Report on vaccination in Madras 1904-1921 - 1904-1921
Year: 1904
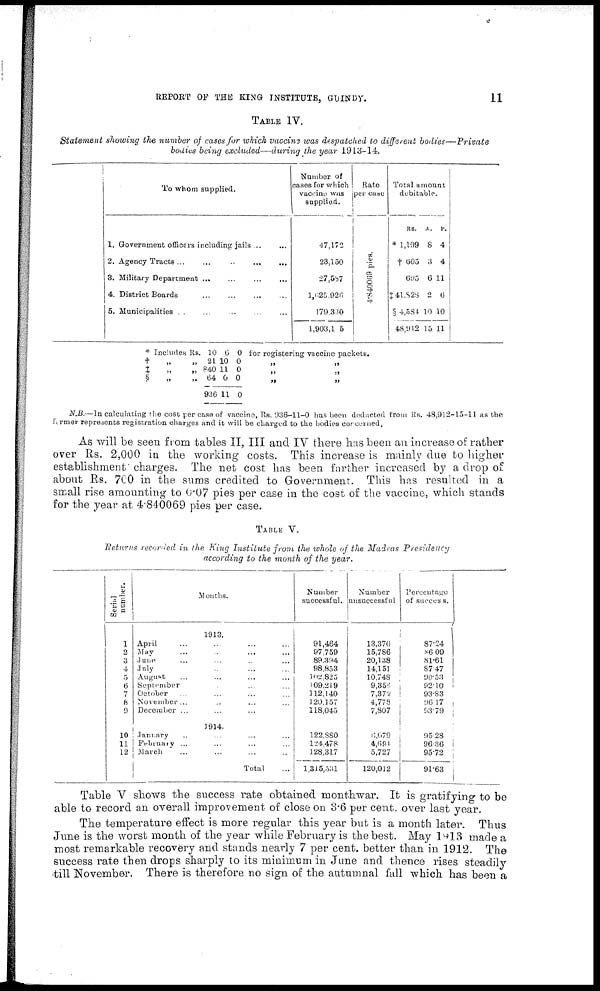
REPORT OF THE KING INSTITUTE, GUINDY.
11
TABLE IV.
Statement showing the number of cases for which vaccine was despatched to different
bodies—Private
bodies being excluded—during the year 1913-14.
To whom supplied.
1. Government officers including jails ... ...
2. Agency Tracts
...
...
...
...
...
3. Military Department
...
...
...
...
4. District Boards
... ... ... ...
5. Municipalities. ... ... ... ...
Number of
cases for which
vaccine was
supplied.
47,172
23,150
27,587
l,625,026
179,330
1,903,1 5
Rate
per case
4.840069 pies.
Total amount
debitable.
RS.
* 1,199
† 605
695
‡41,823
§ 4,584
48,912
A.
8
3
6
2
10
15
P.
4
4
11
6
10
11
*
†
‡
§
Includes
„
„
„
Rs.
„
„ „
10
21
840
64
936
6
10
11
0
11
0
0
0
0
0
for registering vaccine packets.
„
„
„
„
„
„
N.B.—In calculating the cost per case of vaccine, Rs. 936-11-0 has been deducted from Rs. 48,912-15-11 as the
farmer represents registration charges and it will be charged to the bodies concerned.
As will be seen from tables II, III and IV there has been an increase of rather
over Rs. 2,000 in the working costs. This increase is mainly due to higher
establishment charges. The net cost has been farther increased by a drop of
about Rs. 700 in the sums credited to Government. This has resulted in a
small rise amounting to 0.07 pies per case in the cost of the vaccine, which stands
for the year at 4.840069 pies per case.
TABLE V.
Returns recorded in the King Institute from the whole of the Madras Presidency
according to the month of the year.
Serial
number.
1
2
3
4
5
6
7
8
9
10
11
12
Months.
1913.
April ... ... ... ...
May ... ... ... ...
June ... ... ... ...
July ... ... ...
August ... ... ... ...
September ... ... ...
October ... ... ... ...
November... ... ... ...
December ... ... ... ...
1914.
January ... ... ... ...
February ... ... ... ...
March ... ... ... ...
Total
Number
successful.
91,464
97,759
89,394
98,853
102,825
109,219
112,140
120,157
118,045
122,880
124,478
128,317
1,315,531
Number
unsuccessful
13,376
15,786
20,138
14,151
10,748
9,856
7,372
4,778
7,807
6,679
4,694
5,727
120,012
Percentage
of success.
87.24
86.09
81.61
87.47
90.53
92.10
93.83
96.17
93.79
95.28
96.36
95.72
91.63
Table V shows the success rate obtained monthwar. It is gratifying to be
able to record an overall improvement of close on 3.6 per cent. over last year.
The temperature effect is more regular this year but is a month later. Thus
June is the worst month of the year while February is the best. May 1913 made a
most remarkable recovery and stands nearly 7 per cent. better than in 1912. The
success rate then drops sharply to its minimum in June and thence rises steadily
till November. There is therefore no sign of the autumnal fall which has been a